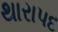
થારાપદ